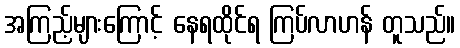
အကြည့်များကြောင့် နေရထိုင်ရ ကြပ်လာဟန် တူသည်။